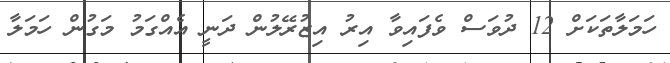
ހަމަލާތަކަށް 12 ދުވަސް ވެފައިވާ އިރު އިޒުރޭލުން ދަނީ އެއްގަމު މަގުން ހަމަލާ